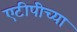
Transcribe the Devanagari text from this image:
एटीपीच्या